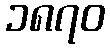
၁၈၇၀